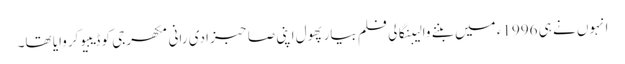
انہوں نے ہی 1996ء میں بننے والیبنگالی فلم بیار پھول اپنی صاحبزادی رانی مکھرجی کو ڈیبیو کروایا تھا۔